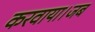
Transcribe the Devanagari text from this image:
करवाया।जब